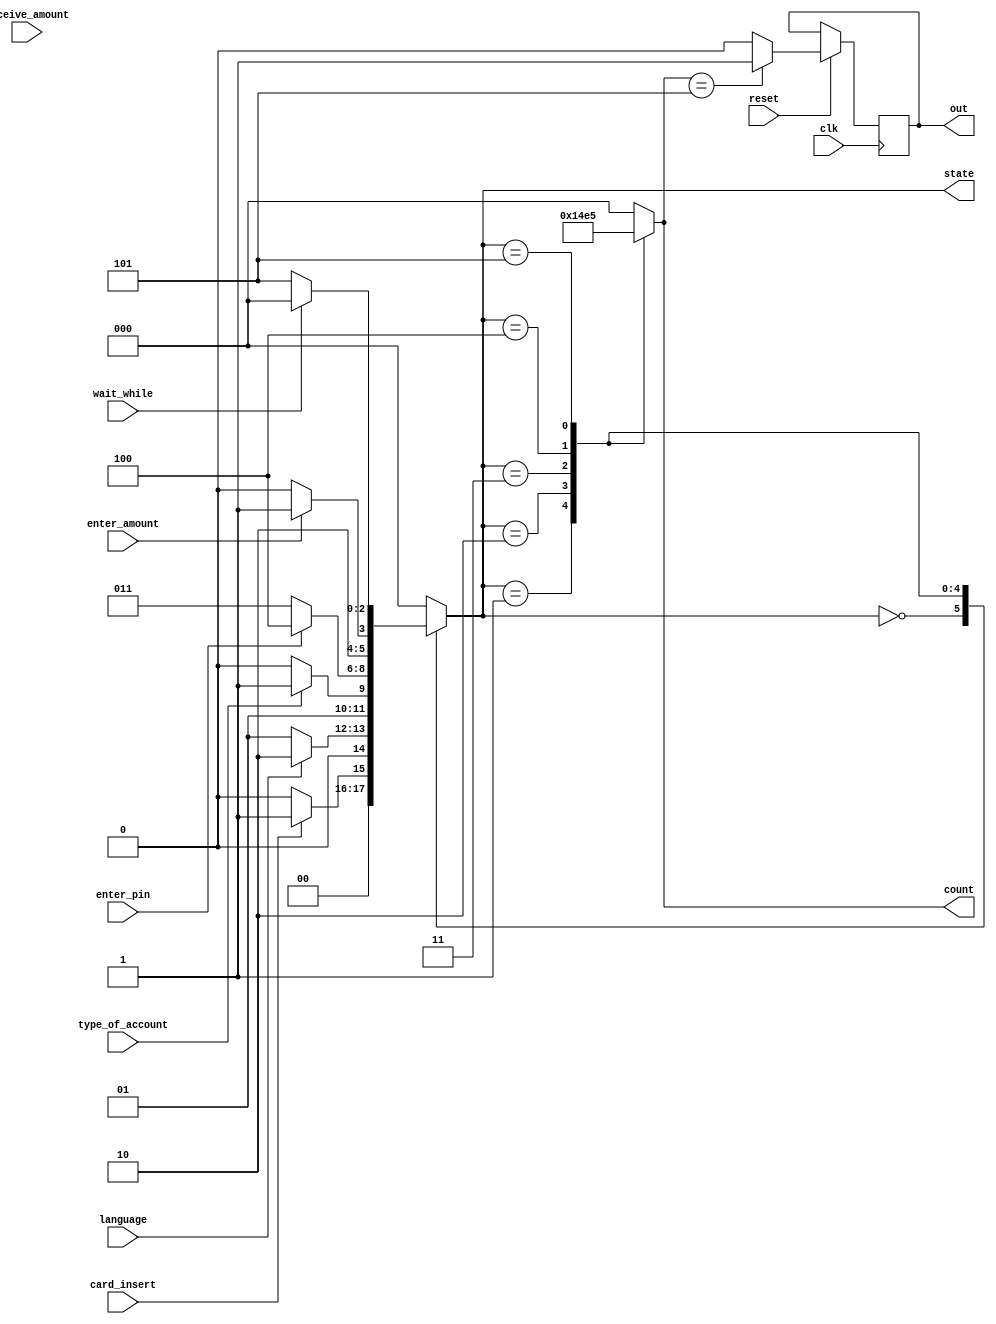
`timescale 1ns / 1ps
//////////////////////////////////////////////////////////////////////////////////
// Company: 
// Engineer: 
// 
// Design Name: 
// Module Name: atm_1
// Project Name: 
// Target Devices: 
// Tool Versions: 
// Description: 
// 
// Dependencies: 
// 
// Revision:
// Revision 0.01 - File Created
// Additional Comments:
// 
//////////////////////////////////////////////////////////////////////////////////


module atm_1(
    input clk,
    input reset,
    input card_insert,
    input language,
    input type_of_account,
    input enter_pin,
    input enter_amount,
    input wait_while,
    input receive_amount,
    output reg out,
    output reg [2:0] state,
    output reg [2:0] count
    );
parameter [2:0]s0=3'b000;
parameter [2:0]s1=3'b001;
parameter [2:0]s2=3'b010;
parameter [2:0]s3=3'b011;
parameter [2:0]s4=3'b100;
parameter [2:0]s5=3'b101;
parameter [2:0]s6=3'b110;
parameter [2:0]s7=3'b111;

initial
begin
	state=3'b000;
	count=3'b000;
end

always @(state)
begin
	case(state)
	3'b000:
		begin
			if(card_insert==1'b1)
			begin
			state=3'b001;
			count=3'b001; //1
			end
			else
			state=3'b000;
			count=3'b000; //0
		end
	3'b001:
		begin
			if(language==1'b1)
			begin
			state=3'b010;
			count=3'b010; //2
			end
			else
			state=3'b001;
			count=3'b001; //1
		end
	3'b010:
		begin
			if(type_of_account==1'b1)
				begin
				state=3'b011;
				count=3'b011; //3
				end
			else
				state=3'b010;
				count=3'b010; //2
		end
	3'b011:
		begin
			if(enter_pin==1'b1)
				begin
				state=3'b100;
				count=3'b100; //4
				end
			else
				state=3'b011;
				count=3'b011; //3
		end
	3'b100:
		begin
			if(enter_amount==1'b1)
				begin
				state=3'b101;
				count=3'b101; //5
				end
			else
				state=3'b100;
				count=3'b100; //4
		end
	3'b101:
		begin
			if(wait_while==1'b1)
				begin
				state=3'b000;
				count=3'b110; //6
				end
			else
				state=3'b101;
				count=3'b101; //5
		end
	default:
		begin
			state=3'b000;
			count=3'b000; //0
		end
	endcase
end

always @(state)
begin
case(state)
3'b000: 
	begin 
		$display("Welcome to State Bank of India"); 
		$display("Please insert your card");                     
	end
3'b001:
	begin
		$display("Enter the Language: 1.English 2.Hindi");
	end
3'b010:
	begin
		$display("Choose type of account: 1.Saving 2.Current");
	end
3'b011:
	begin
		$display("Please enter your Pin");
	end
3'b100:
	begin
		$display("Enter the Amount");
	end
3'b101:
	begin
		$display("Wait! While transaction is in progress");
	end
endcase
end 

always @(posedge clk)
if(reset)
	begin
		if(count==3'b101)
		begin
		out=1'b1;
		end
		else
		out=1'b0;
	end
endmodule